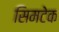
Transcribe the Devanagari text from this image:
सिमटेक